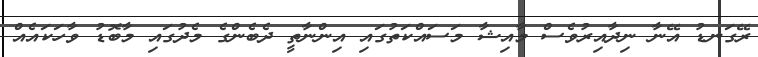
ރޭގަނޑު އޭނާ ނިދާއިރުވެސް މާއިޝާ މަސައްކަތުގައި އިންނާތީ ދެބެންގެ މެދުގައި މާބޮޑު ވާހަކައެއް